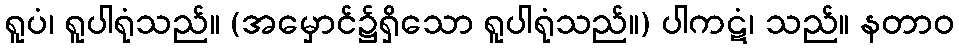
ရူပံ၊ ရူပါရုံသည်။ (အမှောင်၌ရှိသော ရူပါရုံသည်။) ပါကဋံ၊ သည်။ နတာဝ